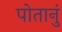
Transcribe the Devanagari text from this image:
पोतानुं